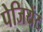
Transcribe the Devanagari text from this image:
पेजियेंट